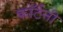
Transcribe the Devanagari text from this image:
काॅर्टनी